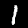
Label: 1